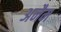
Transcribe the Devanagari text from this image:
अनैम